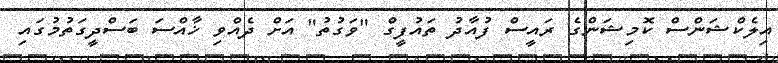
އިލެކްޝަންސް ކޮމިޝަންގެ ރައީސް ފުއާދު ތައުފީގް "ވަގުތު" އަށް ދެއްވި ޚާއްސަ ބަސްދީގަތުމުގައި